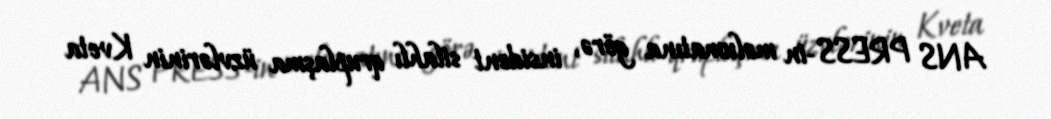
ANS PRESS-in məlumatına görə, insident silahlı qruplaşma üzvlərinin Kveta